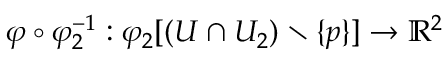
\varphi \circ \varphi _ { 2 } ^ { - 1 } : \varphi _ { 2 } [ ( U \cap U _ { 2 } ) \setminus \{ p \} ] \to \mathbb { R } ^ { 2 }